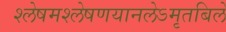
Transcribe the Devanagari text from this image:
श्लेषमश्लेषणयानलेऽमृतबिले